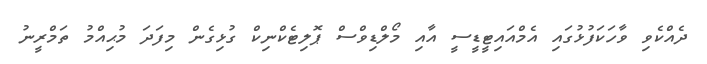
ދެއްކެވި ވާހަކަފުޅުގައި އެމްއައިޓީޑީސީ އާއި މޯލްޑިވްސް ޕޮލިޓެކްނިކް ގުޅިގެން މިފަދަ މުޙިއްމު ތަމްރީނު